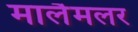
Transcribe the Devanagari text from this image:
मालैमलर